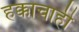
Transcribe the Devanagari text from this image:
हक्काचाही